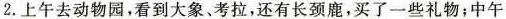
2. 上午去动物园，看到大象、考拉，还有长颈鹿，买了一些礼物；中午